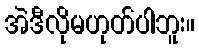
အဲဒီလိုမဟုတ်ပါဘူး။